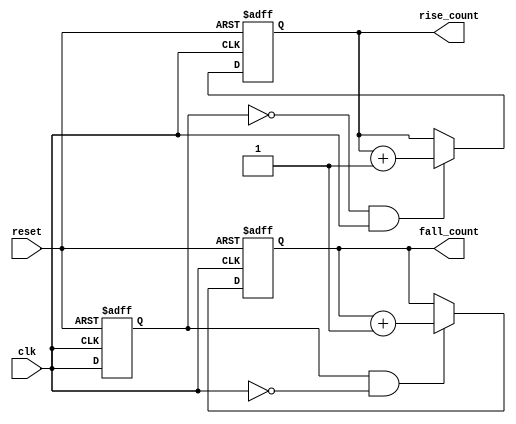
module edge_counter (
    input wire clk,           // Clock input
    input wire reset,         // Asynchronous reset
    output reg [31:0] rise_count, // Rising edge count
    output reg [31:0] fall_count  // Falling edge count
);

    reg previous_clk; // Register to hold the previous state of the clock

    // Asynchronous reset and edge detection logic
    always @(posedge clk or posedge reset) begin
        if (reset) begin
            // Reset both counts and previous clock state
            rise_count <= 32'b0;
            fall_count <= 32'b0;
            previous_clk <= 1'b0; // Reset previous state
        end else begin
            // Edge detection logic
            if (previous_clk == 1'b0 && clk == 1'b1) begin
                // Rising edge detected
                rise_count <= rise_count + 1;
            end
            if (previous_clk == 1'b1 && clk == 1'b0) begin
                // Falling edge detected
                fall_count <= fall_count + 1;
            end
            
            // Update previous clock state
            previous_clk <= clk;
        end
    end

endmodule